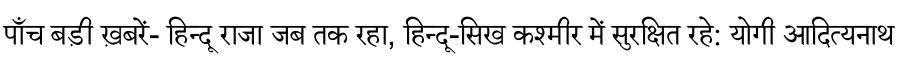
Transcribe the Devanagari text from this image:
पाँच बड़ी ख़बरें- हिन्दू राजा जब तक रहा, हिन्दू-सिख कश्मीर में सुरक्षित रहे: योगी आदित्यनाथ